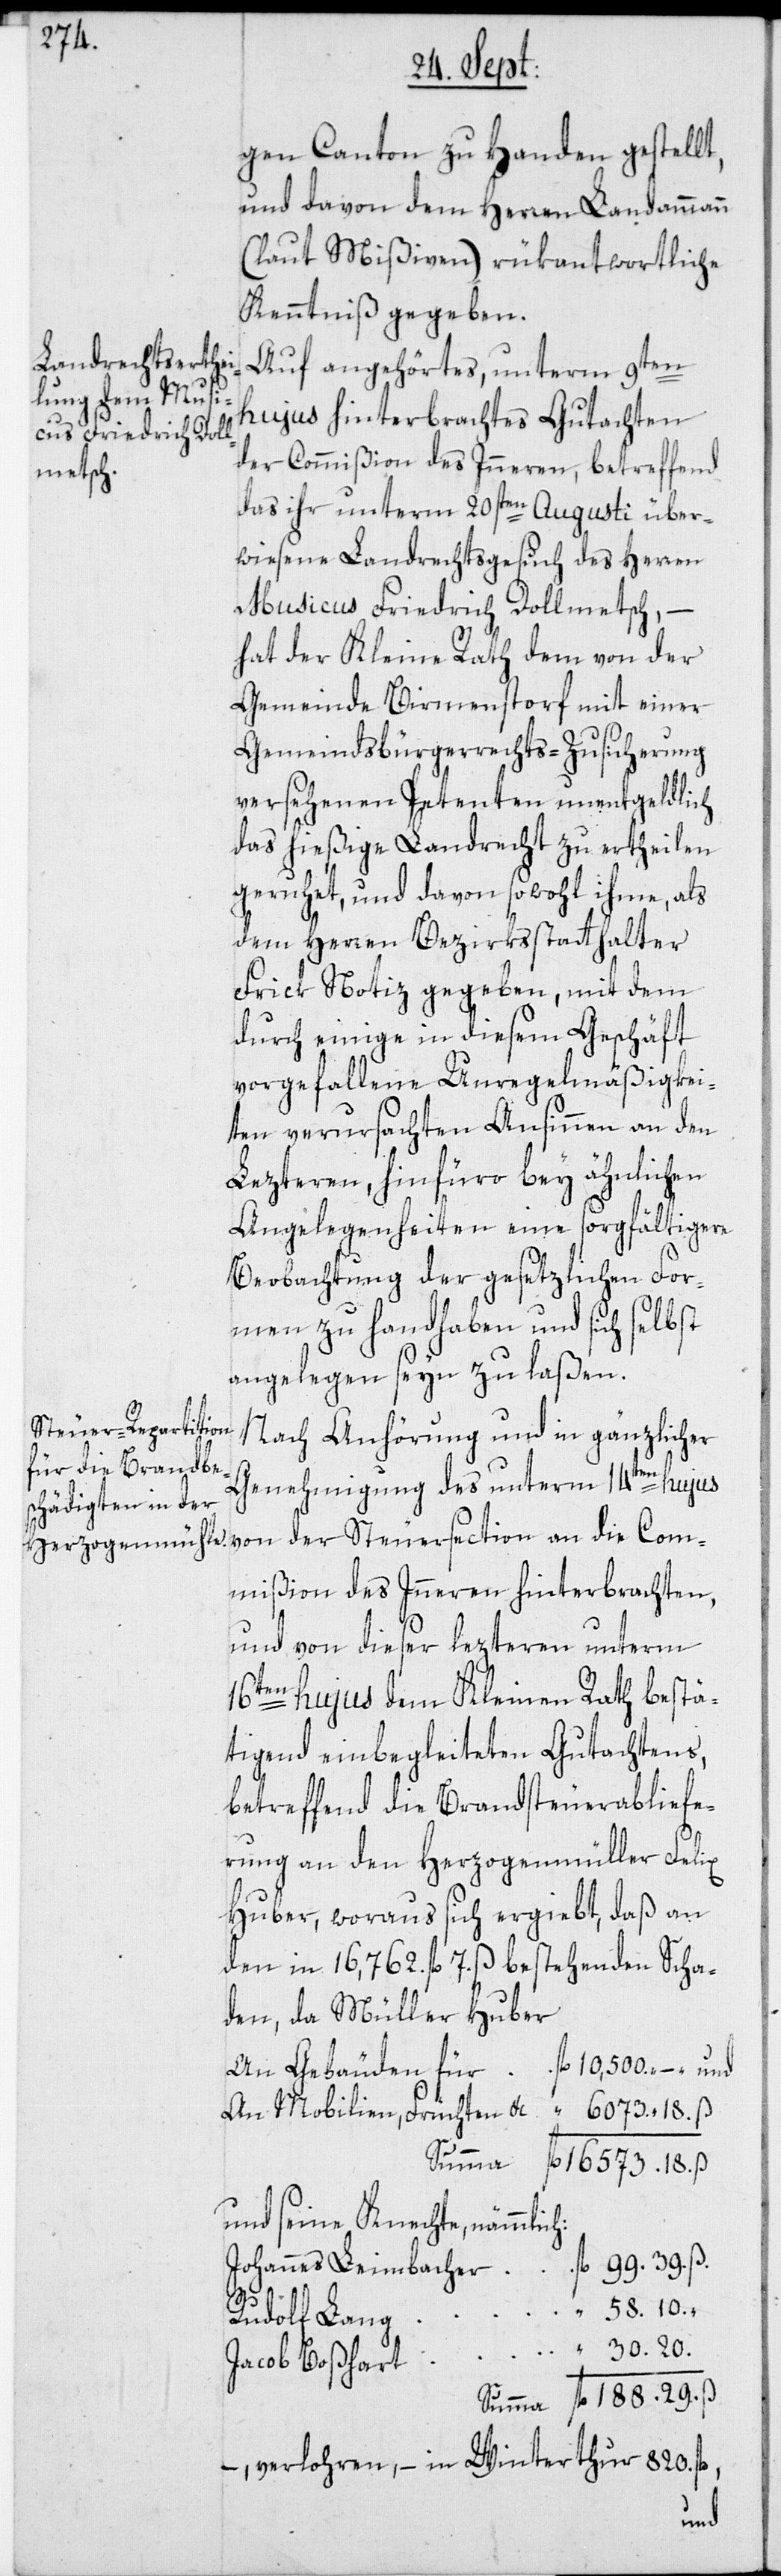
gen Canton zu Handen gestellt,
und davon dem Herren Landammann
(laut Mißiven) rükantwortliche
Kenntniß gegeben.
Auf angehörtes, unterm 9ten
hujus hinterbrachtes Gutachten
der Commißion des Inneren, betreffend
das ihr unterm 20sten Augusti über¬
wiesene Landrechtsgesuch des Herren
Musicus Friedrich Dollmetsch, –
hat der Kleine Rath dem von der
Gemeinde Birmenstorf mit einer
Gemeindsbürgerrechts-Zusicherung
versehenen Petenten unentgeldlich
das hießige Landrecht zu ertheilen
geruhet, und davon sowohl ihme, als
dem Herren Bezirksstatthalter
Frick Notiz gegeben, mit dem
durch einige in diesem Geschäft
vorgefallene Unregelmäßigkei¬
ten verursachten Ansinnen an den
Lezteren, hinfüro bey ähnlichen
Angelegenheiten eine sorgfältigere
Beobachtung der gesetzlichen For¬
men zu handhaben und sich selbst
angelegen seyn zu laßen.
Steuersection
Nach Anhörung und in gänzlicher
Genehmigung des unterm 14ten hujus
mißion des Inneren hinterbrachten,
und von dieser lezteren unterm
16ten hujus dem Kleinen Rath bestä¬
tigend einbegleiteten Gutachtens,
betreffend die Brandsteuerabliefe¬
rung an den Herzogenmüller Felix
Huber, woraus sich ergiebt, daß an
den in 16,762 fl. 7. ß bestehenden Scha¬
den, da Müller Huber
An Mobilien, Früchten etc.
und seine Knechte, nämmlic¬
Johannes Leimbacher
fl.
29.
Rudolf Lang
Jacob Boßhart
– verloren, – in Winterthur 820 fl.
und